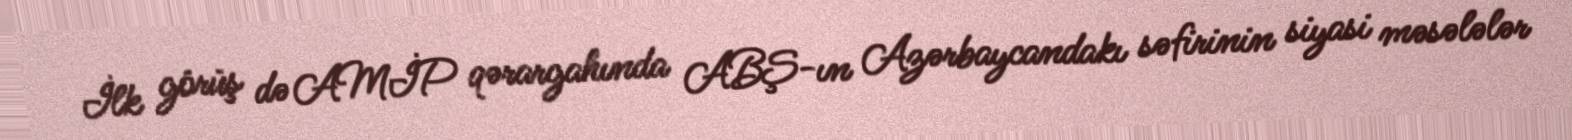
İlk görüş də AMİP qərargahında ABŞ-ın Azərbaycandakı səfirinin siyasi məsələlər